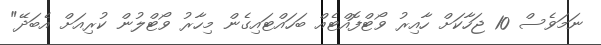
ނަމަވެސް 10 ޖަހާކަށް ހާއިރު ވޯޓްފޮއްޓެއް ބަހައްޓައިގެން މިހާރު ވޯޓްލުން ކުރިއަށް އެބަދޭ"